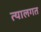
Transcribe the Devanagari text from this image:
त्यालगत